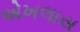
એખલાસ